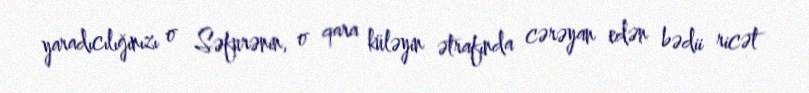
yaradıcılığınızı o Səfurənin, o qara küləyin ətrafında cərəyan edən bədii ricət